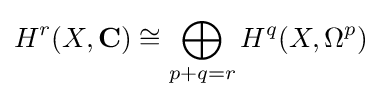
H^{r}(X,\mathbf {C} )\cong \bigoplus _{p+q=r}H^{q}(X,\Omega ^{p})